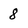
Character: 8